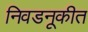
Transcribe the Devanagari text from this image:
निवडनूकीत